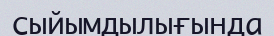
сыйымдылығында